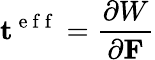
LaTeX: \mathbf{t}^{\mathrm{~e~f~f~}}=\frac{\partial W}{\partial\mathbf{F}}